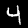
Digit: 4